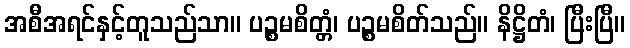
အစီအရင်နှင့်တူသည်သာ။ ပဉ္စမစိတ္တံ၊ ပဉ္စမစိတ်သည်။ နိဋ္ဌိတံ၊ ပြီးပြီ။